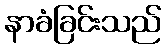
နာခံခြင်းသည်